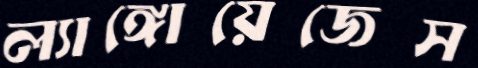
ল্যাঙ্গোয়েজেস